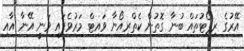
އޭރުގެ ރިޕޯޓުތައް ބުނާ ގޮތުން ކެތްރިއޯނާ ވައިޓް މަރުވެފައި ވަނީ އޭނާ އާއި